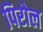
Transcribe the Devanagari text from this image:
पिरोल